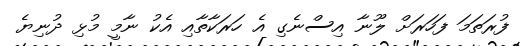
ފުރަތަމަ ފަހަރަށް ލޫނާ އިސްނެގި އެ ހަރަކާތާއި އެކު ނާމީ މުޅި ދުނިޔެ